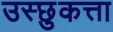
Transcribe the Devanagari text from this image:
उस्छुकत्ता